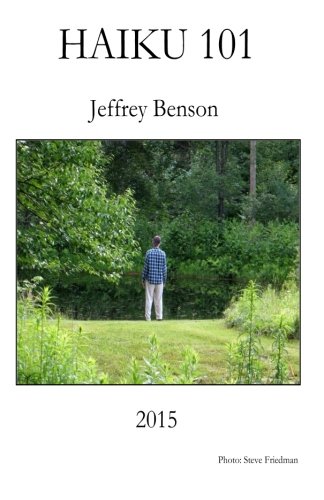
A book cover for Haiku 101; Jeffrey Benson; Literature & Fiction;